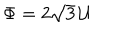
\Phi = 2 \sqrt { 3 } \, { \cal U }